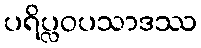
ပရိပ္လဝပသာဒဿ